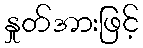
နှုတ်အားဖြင့်